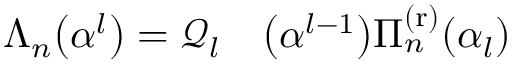
\begin{array} { r l } { \Lambda _ { n } \big ( \boldsymbol { \alpha } ^ { l } \big ) = \mathcal { Q } _ { l } } & { { } \big ( \boldsymbol { \alpha } ^ { l - 1 } \big ) \Pi _ { n } ^ { \mathrm { ( r ) } } ( \alpha _ { l } ) } \end{array}